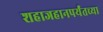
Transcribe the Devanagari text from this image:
शहाजहानपर्यंतच्या